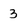
Character: 3